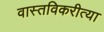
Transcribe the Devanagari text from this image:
वास्तविकरीत्या